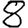
Digit: 8